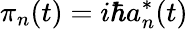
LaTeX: \pi_{n}(t)=i\hbar a_{n}^{*}(t)